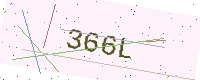
Text: 366L